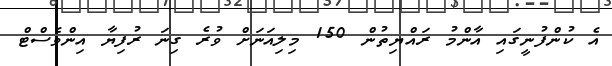
އެ ކުންފުނީގައި އާންމު ރައްޔިތުން 150 މިލިއަނަށް ވުރެ ގިނަ ރުފިޔާ އިންވެސްޓް